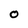
Character: O